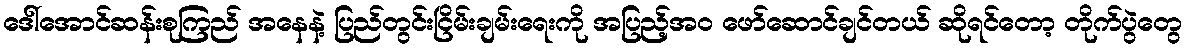
ဒေါ်အောင်ဆန်းစုကြည် အနေနဲ့ ပြည်တွင်းငြိမ်းချမ်းရေးကို အပြည့်အ၀ ဖော်ဆောင်ချင်တယ် ဆိုရင်တော့ တိုက်ပွဲတွေ